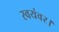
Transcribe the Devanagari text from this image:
स्वयंवर।